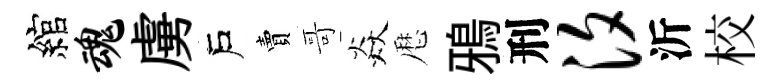
綰魂虜戶賣哥焱厯鴉刑汐沂校